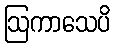
ဩကာသေပိ